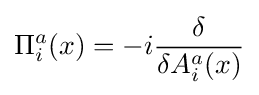
\Pi _{i}^{a}(x)=-i{\frac {\delta }{\delta A_{i}^{a}(x)}}